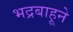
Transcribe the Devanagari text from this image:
भद्रबाहूने